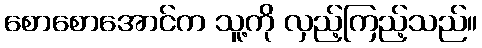
စောစောအောင်က သူ့ကို လှည့်ကြည့်သည်။